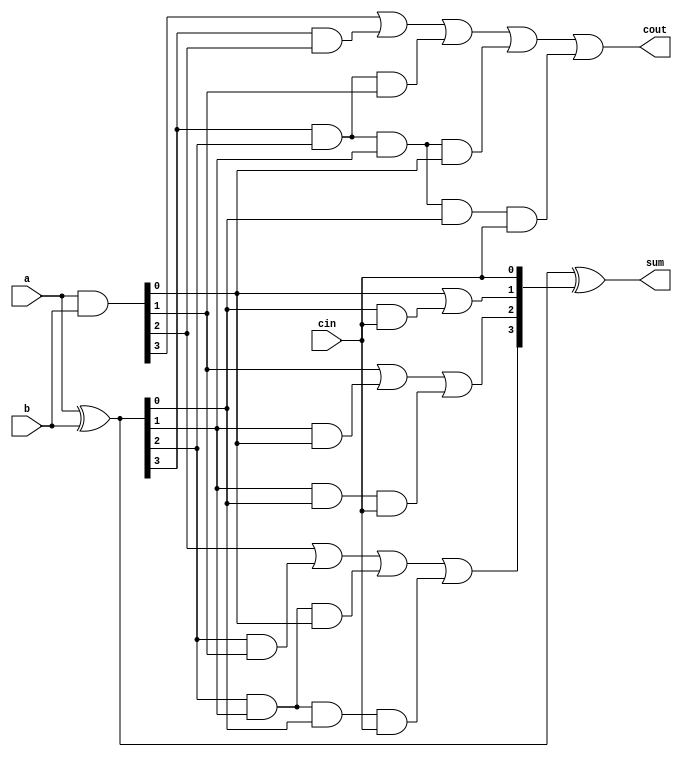
`timescale 1ns/10ps
module adder4(
	input wire [3:0] a,
	input wire [3:0] b,
	input wire cin,
	
	output wire[3:0] sum,
	output wire cout
	);

	wire [3:0] P,G,c;
 
	assign P=a^b;	//propagate signal
	assign G=a&b; 	//generate signal
	 
	assign c[0]= cin;
	assign c[1]= G[0] | (P[0]&c[0]);
	assign c[2]= G[1] | (P[1]&G[0]) | P[1]&P[0]&c[0];
	assign c[3]= G[2] | (P[2]&G[1]) | P[2]&P[1]&G[0] | P[2]&P[1]&P[0]&c[0];
	assign cout = G[3] | (P[3]&G[2]) | P[3]&P[2]&G[1] | P[3]&P[2]&P[1]&G[0] | P[3]&P[2]&P[1]&P[0]&c[0];
	assign sum[3:0] =P^c;

endmodule